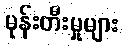
မုန်းတီးမှုများ